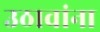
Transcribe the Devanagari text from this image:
उठावांना